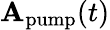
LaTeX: \mathbf{A}_{\textrm{pump}}(t)